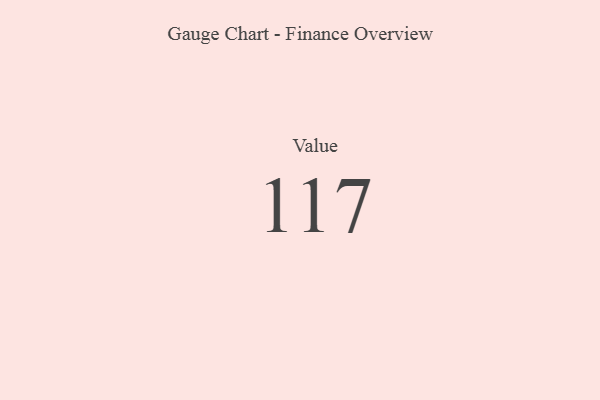
{"axis": {"x": "Metric", "y": "Value"}, "legend": [""], "data": [{"x": "Value", "y": 117, "type": ""}]}